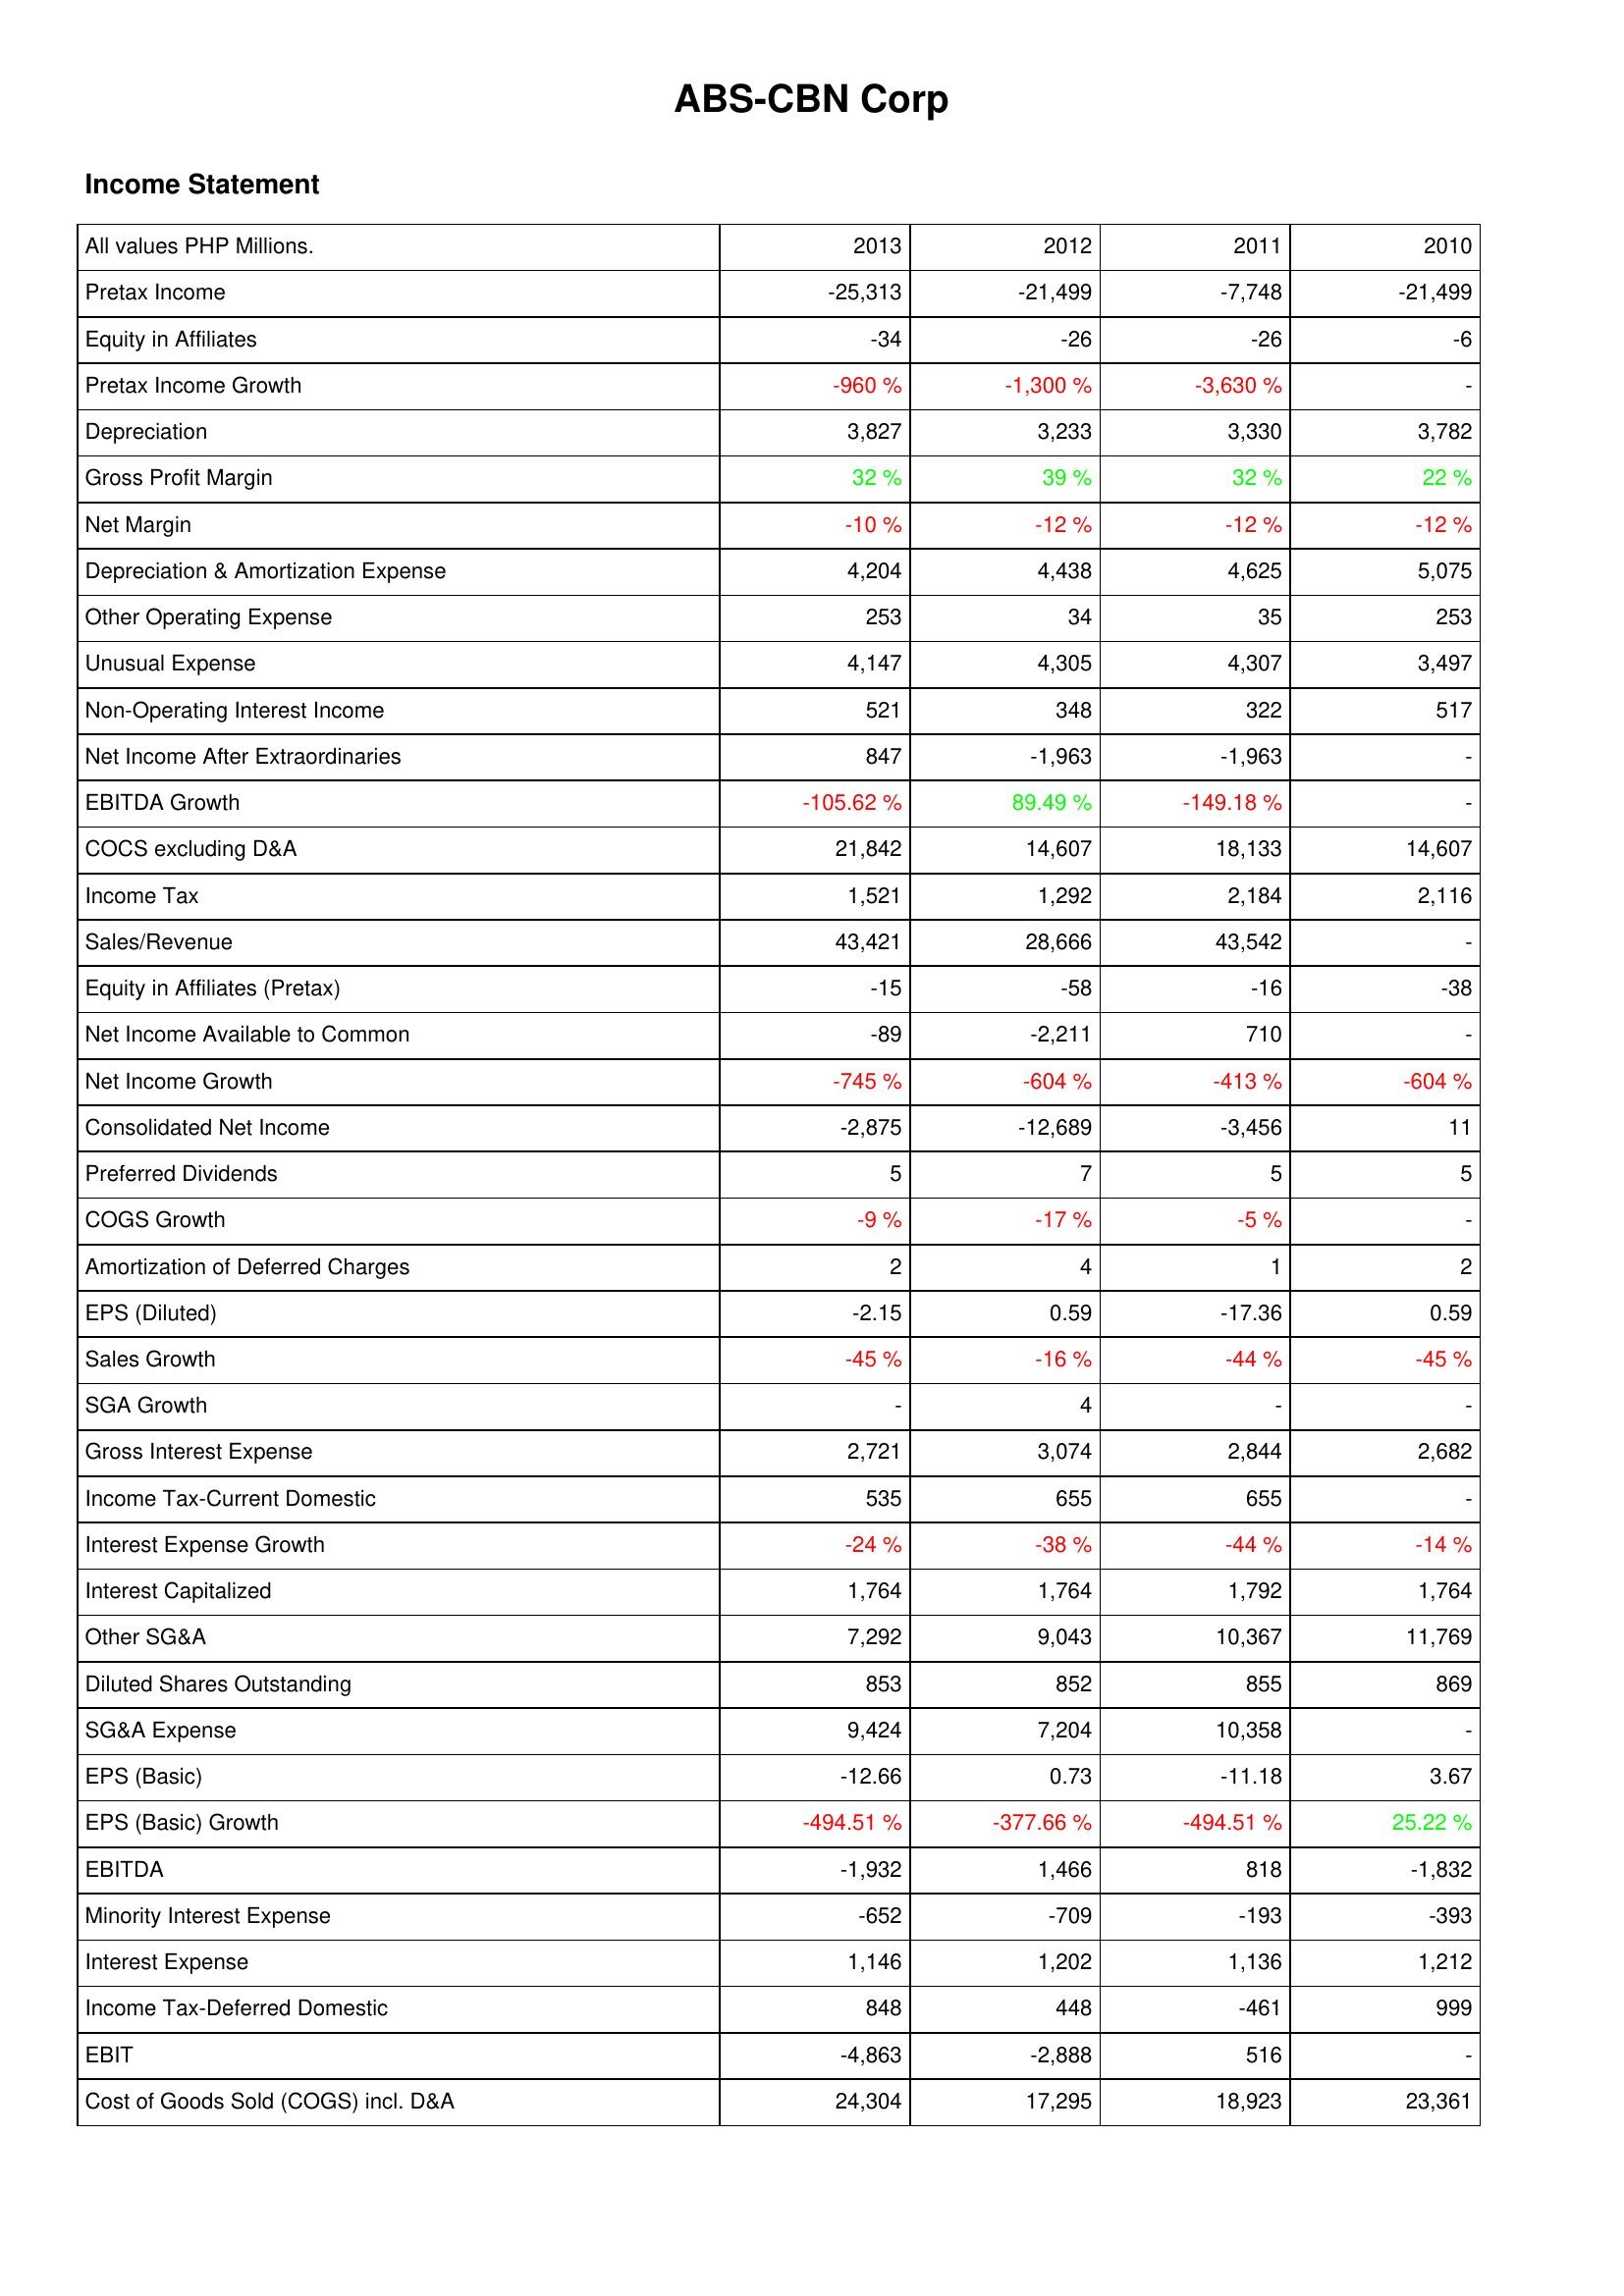
2013: Income Statement: Pretax Income: -25,313
Equity in Affiliates: -34
Pretax Income Growth: -960 %
Depreciation: 3,827
Gross Profit Margin: 32 %
Net Margin: -10 %
Depreciation & Amortization Expense: 4,204
Other Operating Expense: 253
Unusual Expense: 4,147
Non-Operating Interest Income: 521
Net Income After Extraordinaries: 847
EBITDA Growth: -105.62 %
COCS excluding D&A: 21,842
Income Tax: 1,521
Sales/Revenue: 43,421
Equity in Affiliates (Pretax): -15
Net Income Available to Common: -89
Net Income Growth: -745 %
Consolidated Net Income: -2,875
Preferred Dividends: 5
COGS Growth: -9 %
Amortization of Deferred Charges: 2
EPS (Diluted): -2.15
Sales Growth: -45 %
SGA Growth: -
Gross Interest Expense: 2,721
Income Tax-Current Domestic: 535
Interest Expense Growth: -24 %
Interest Capitalized: 1,764
Other SG&A: 7,292
Diluted Shares Outstanding: 853
SG&A Expense: 9,424
EPS (Basic): -12.66
EPS (Basic) Growth: -494.51 %
EBITDA: -1,932
Minority Interest Expense: -652
Interest Expense: 1,146
Income Tax-Deferred Domestic: 848
EBIT: -4,863
Cost of Goods Sold (COGS) incl. D&A: 24,304
2012: Income Statement: Pretax Income: -21,499
Equity in Affiliates: -26
Pretax Income Growth: -1,300 %
Depreciation: 3,233
Gross Profit Margin: 39 %
Net Margin: -12 %
Depreciation & Amortization Expense: 4,438
Other Operating Expense: 34
Unusual Expense: 4,305
Non-Operating Interest Income: 348
Net Income After Extraordinaries: -1,963
EBITDA Growth: 89.49 %
COCS excluding D&A: 14,607
Income Tax: 1,292
Sales/Revenue: 28,666
Equity in Affiliates (Pretax): -58
Net Income Available to Common: -2,211
Net Income Growth: -604 %
Consolidated Net Income: -12,689
Preferred Dividends: 7
COGS Growth: -17 %
Amortization of Deferred Charges: 4
EPS (Diluted): 0.59
Sales Growth: -16 %
SGA Growth: 4
Gross Interest Expense: 3,074
Income Tax-Current Domestic: 655
Interest Expense Growth: -38 %
Interest Capitalized: 1,764
Other SG&A: 9,043
Diluted Shares Outstanding: 852
SG&A Expense: 7,204
EPS (Basic): 0.73
EPS (Basic) Growth: -377.66 %
EBITDA: 1,466
Minority Interest Expense: -709
Interest Expense: 1,202
Income Tax-Deferred Domestic: 448
EBIT: -2,888
Cost of Goods Sold (COGS) incl. D&A: 17,295
2011: Income Statement: Pretax Income: -7,748
Equity in Affiliates: -26
Pretax Income Growth: -3,630 %
Depreciation: 3,330
Gross Profit Margin: 32 %
Net Margin: -12 %
Depreciation & Amortization Expense: 4,625
Other Operating Expense: 35
Unusual Expense: 4,307
Non-Operating Interest Income: 322
Net Income After Extraordinaries: -1,963
EBITDA Growth: -149.18 %
COCS excluding D&A: 18,133
Income Tax: 2,184
Sales/Revenue: 43,542
Equity in Affiliates (Pretax): -16
Net Income Available to Common: 710
Net Income Growth: -413 %
Consolidated Net Income: -3,456
Preferred Dividends: 5
COGS Growth: -5 %
Amortization of Deferred Charges: 1
EPS (Diluted): -17.36
Sales Growth: -44 %
SGA Growth: -
Gross Interest Expense: 2,844
Income Tax-Current Domestic: 655
Interest Expense Growth: -44 %
Interest Capitalized: 1,792
Other SG&A: 10,367
Diluted Shares Outstanding: 855
SG&A Expense: 10,358
EPS (Basic): -11.18
EPS (Basic) Growth: -494.51 %
EBITDA: 818
Minority Interest Expense: -193
Interest Expense: 1,136
Income Tax-Deferred Domestic: -461
EBIT: 516
Cost of Goods Sold (COGS) incl. D&A: 18,923
2010: Income Statement: Pretax Income: -21,499
Equity in Affiliates: -6
Pretax Income Growth: -
Depreciation: 3,782
Gross Profit Margin: 22 %
Net Margin: -12 %
Depreciation & Amortization Expense: 5,075
Other Operating Expense: 253
Unusual Expense: 3,497
Non-Operating Interest Income: 517
Net Income After Extraordinaries: -
EBITDA Growth: -
COCS excluding D&A: 14,607
Income Tax: 2,116
Sales/Revenue: -
Equity in Affiliates (Pretax): -38
Net Income Available to Common: -
Net Income Growth: -604 %
Consolidated Net Income: 11
Preferred Dividends: 5
COGS Growth: -
Amortization of Deferred Charges: 2
EPS (Diluted): 0.59
Sales Growth: -45 %
SGA Growth: -
Gross Interest Expense: 2,682
Income Tax-Current Domestic: -
Interest Expense Growth: -14 %
Interest Capitalized: 1,764
Other SG&A: 11,769
Diluted Shares Outstanding: 869
SG&A Expense: -
EPS (Basic): 3.67
EPS (Basic) Growth: 25.22 %
EBITDA: -1,832
Minority Interest Expense: -393
Interest Expense: 1,212
Income Tax-Deferred Domestic: 999
EBIT: -
Cost of Goods Sold (COGS) incl. D&A: 23,361